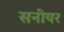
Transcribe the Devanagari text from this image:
सनीयर